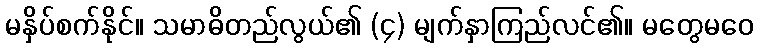
မနှိပ်စက်နိုင်။ သမာဓိတည်လွယ်၏ (၄) မျက်နှာကြည်လင်၏။ မတွေမဝေ